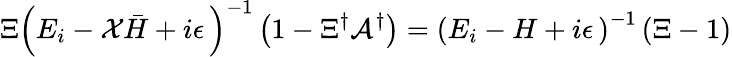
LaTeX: \Xi\left(E_{i}-{\cal X}{\bar{H}}+i\epsilon\, \right)^{-1}\left(1-\Xi^{\dagger}{\cal A}^{\dagger}\right)=\left(E_{i}-H+i\epsilon\, \right)^{-1}\left(\Xi-1\right)